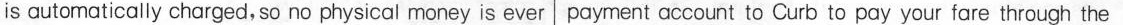
is automatically charged, so no physical money is ever|payment account to Curb to pay your fare through the